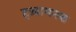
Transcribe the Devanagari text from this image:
हख़ामनश